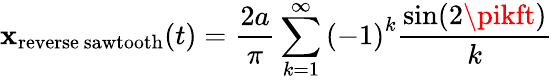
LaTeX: \mathbf{x}_{\mathrm{{reverse~sawtooth}}}(t)={\frac{{2a}}{{\pi}}}\sum_{k=1}^{\infty}{(-1)}^{k}{\frac{{\sin(2\pikft)}}{{k}}}